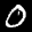
Label: 0